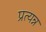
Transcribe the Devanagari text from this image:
प्रत्यन्न